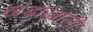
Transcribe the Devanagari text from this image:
खंडाखाली